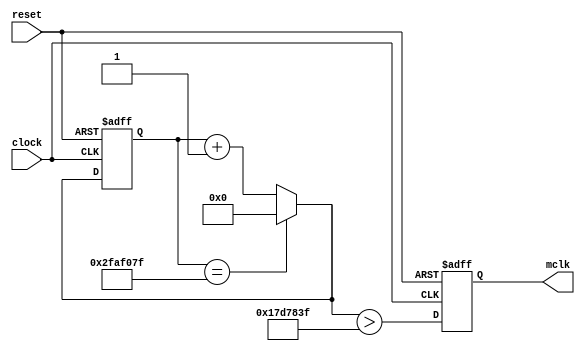
module clockgen (clock, reset, mclk);
    input clock;
    input reset;
    output reg mclk;
    reg cmp;
    reg[25:0] count, cout;

    always @(cout)
        if (cout == 49999999)
            count = 0;
        else
            count = cout + 1;

    always @(posedge clock or posedge reset) begin
        if (reset == 1)
            cout = 0;
        else
            cout = count;
    end

    always @(count)
        cmp = count > 24999999;
    
    always @(posedge clock or posedge reset) begin
        if (reset == 1)
            mclk = 0;
        else
            mclk = cmp;
    end

endmodule